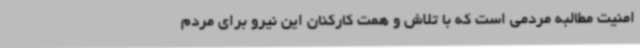
امنیت مطالبه مردمی است که با تلاش و همت کارکنان این نیرو برای مردم